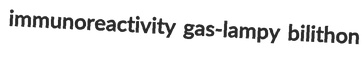
immunoreactivity gas-lampy bilithon